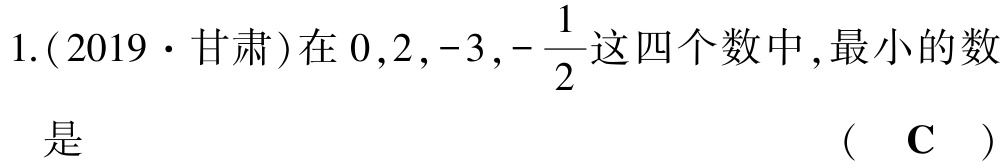
1.(2019·甘肃)在\(0,2,-3,-\frac{1}{2}\)这四个数中,最小的数是  （ C ）